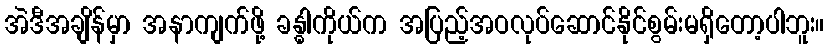
အဲဒီအချိန်မှာ အနာကျက်ဖို့ ခန္ဓါကိုယ်က အပြည့်အဝလုပ်ဆောင်နိုင်စွမ်းမရှိတော့ပါဘူး။